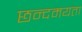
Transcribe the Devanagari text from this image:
छन्दमयता